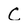
Character: C